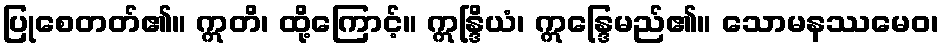
ပြုစေတတ်၏။ ဣတိ၊ ထို့ကြောင့်။ ဣန္ဒြိယံ၊ ဣန္ဒြေမည်၏။ သောမနဿမေဝ၊